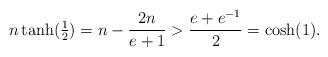
LaTeX: \begin{align*}n \tanh(\tfrac{1}{2}) = n - \frac{2n}{e+1} > \frac{e+e^{-1}}{2} = \cosh(1).\end{align*}